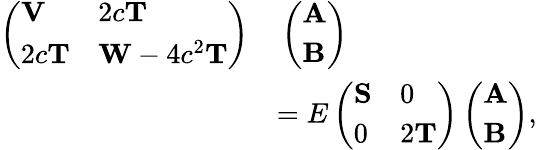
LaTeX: \begin{array}{rl}{\left(\begin{array}{ll}{\mathbf{V}}&{2c\mathbf{T}}\\ {2c\mathbf{T}}&{\mathbf{W}-4c^{2}\mathbf{T}}\end{array}\right)}&{\, \left(\begin{array}{l}{\mathbf{A}}\\ {\mathbf{B}}\end{array}\right)}\\ &{=E\left(\begin{array}{ll}{\mathbf{S}}&{0}\\ {0}&{2\mathbf{T}}\end{array}\right)\left(\begin{array}{l}{\mathbf{A}}\\ {\mathbf{B}}\end{array}\right),}\end{array}